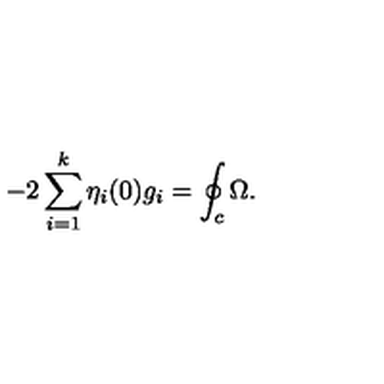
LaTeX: - 2 \sum _ { i = 1 } ^ { k } \eta _ { i } ( 0 ) g _ { i } = \oint _ { c } \Omega .